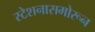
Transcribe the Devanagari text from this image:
स्टेशनासमोरून